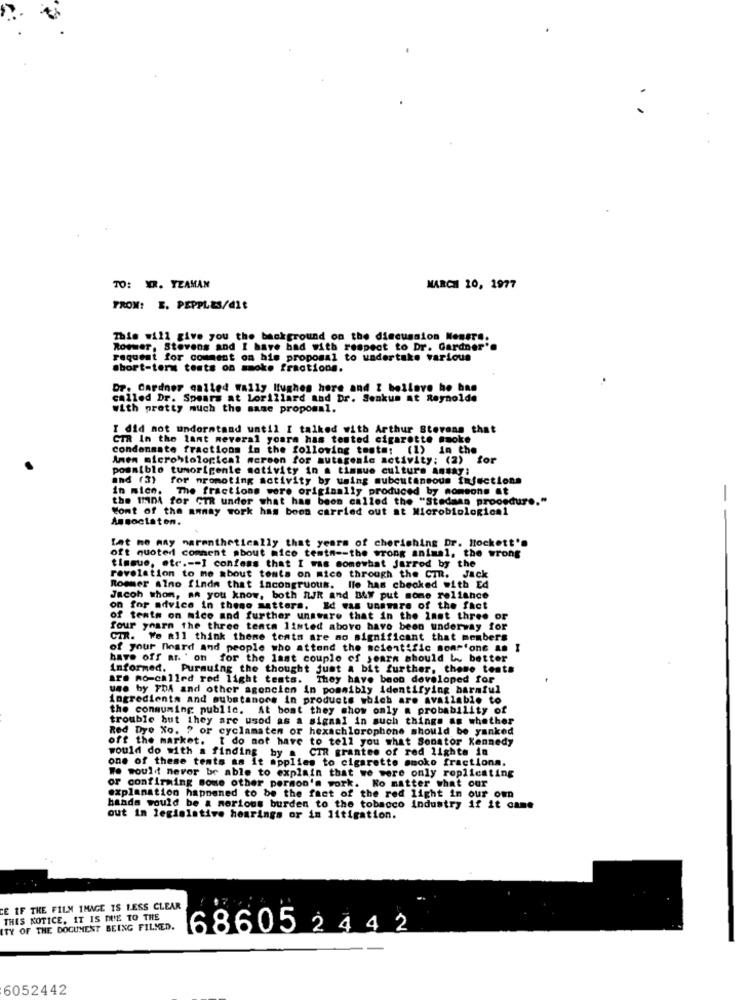
TO: YR. YZAMAN
MARCH 10, 1977
FROM: E. PEPPLES/dit
This will give you the background on the discussion Nousre.
Rommer, Stevens and I have had with respect to Dr. Gardner'.
request for comment on his proposal to undertake various
Short-term tests on smoke fractions.
Dr. Gardner called wally Hughes hore and Z bollave ho ban
called Dr. Spears at Lorillard and Dr. Senkum at Reynolde
with pretty much the same proposal.
I did not understand until I talked with Arthur Stevens that
CTR In the lant meveral youra has tested cigarette smoke
Condensate fractions in the following test#: (1) in the
Amen microbiological mcroon for mutagenic activity: (2) for
iblo tunorigenle activity in a tissue culture Ansay;
and (3) for nromoting activity by using subcutaneous injections
in mice. The fractions were originally produced by nomsons et
the IDA for CTR under what has been called the "Stedman procedure."
-
Wont of the annay work has been carried out at Microbiological
Associaton.
Lat me may marenthetically that years of cherishing Dr. Hockett's
oft quoted comment about mico temtn -- the wrong animal, the wrong
timsue, etc .-- I confess that I was somewhat Jarrod by the
revelation to me about tests on mico through the CTR. Jack
Rommer Alno finds that incongruous. Ile has checked with Ed
Jacoh whom, aa you know, both nik and BAY put some reliance
on for advice in these matters. Id was unaware of the fact
of tents on mice and further unaware that in the last three or
four yourn the three tenta listed above have been underway for
CIR. We all think theme tents are no significant that members
of your heard and people who attend the scientific somr'one an I
have off ar. ' on for the last couple of years should be better
Informed. Pursuing the thought just a bit further, those tents
are mo-called red light teats. They have been developed for
use by YDA and other agoncien in possibly identifying harmful
ingredients and substances in products which are available to
the consuming public. At bost they show only a probability of
trouble but they are used as a signal in such things as whether
Red Dye No. ? or cyclamaten or hexachlorophone should be yanked
off the market. I do not have to tell you what Senator Kennedy
would do with a finding by a CIR grantee of red lights in
one of these tents as it applies to cigarette smoke fractiona.
We would never be able to explain that we were only replicating
or confirming some other person's work. No matter what our
explanation happened to be the fact of the red light in our own
hands would be a mortous burden to the tobacco industry if it came
out In legislative hearings or in litigation.
CE IF THE FILM IMAGE IS LESS CLEAR
THIS NOTICE, IT IS DUE TO THE
ITY OF THE DOCUMENT BEING FILMED.
168605 244 2
6052442